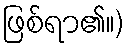
ဖြစ်ရာ၏။)